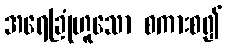
အရေခြုံဟူသော စကားစ၍